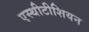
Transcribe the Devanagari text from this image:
एस्थीटीशियन